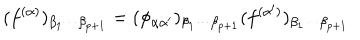
LaTeX: ( f ^ { ( \alpha ) } ) _ { \beta _ { 1 } \cdots \beta _ { p + 1 } } = ( \phi _ { \alpha \alpha ^ { \prime } } ) _ { \beta _ { 1 } \cdots \beta _ { p + 1 } } ( f ^ { ( \alpha ^ { \prime } ) } ) _ { \beta _ { 1 } \cdots \beta _ { p + 1 } }